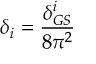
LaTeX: \delta _ { i } = \frac { \delta _ { G S } ^ { i } } { 8 \pi ^ { 2 } }